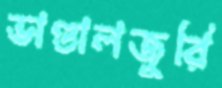
ভাণ্ডালজুরি